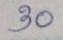
30